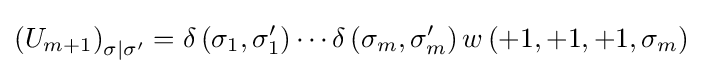
\left(U_{m+1}\right)_{\sigma |\sigma '}=\delta \left(\sigma _{1},\sigma _{1}'\right)\cdots \delta \left(\sigma _{m},\sigma _{m}'\right)w\left(+1,+1,+1,\sigma _{m}\right)